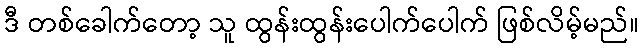
ဒီ တစ်ခေါက်တော့ သူ ထွန်းထွန်းပေါက်ပေါက် ဖြစ်လိမ့်မည်။